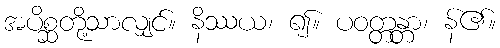
အပိစ္ဆတို့သာလျှင်။ နိဿယ၊ ၍။ ပဝတ္တန္တာ၊ န်၏။